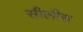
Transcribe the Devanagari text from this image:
सीलीस